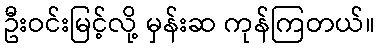
ဦးဝင်းမြင့်လို့ မှန်းဆ ကုန်ကြတယ်။